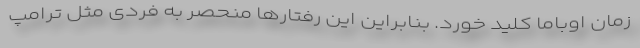
زمان اوباما کلید خورد. بنابراین این‌ رفتارها منحصر به فردی مثل ترامپ